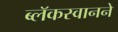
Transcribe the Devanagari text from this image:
ब्लॅकस्वानने